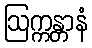
ဩက္ကန္တာနံ